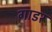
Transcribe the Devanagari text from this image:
गाडर